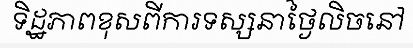
ទិដ្ឋភាពខុសពីការទស្សនាថ្ងៃលិចនៅ